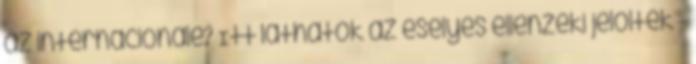
az internacionálé? Itt láthatók az esélyes ellenzéki jelöltek -